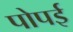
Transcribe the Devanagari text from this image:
पोपई